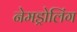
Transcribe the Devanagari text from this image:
नेमड्रोलिंग